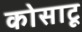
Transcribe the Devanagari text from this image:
कोसाटू